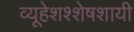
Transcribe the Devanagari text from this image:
व्यूहेशश्शेषशायी